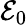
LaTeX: {\cal{E}}_{0}